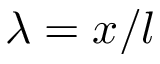
\lambda = x / l